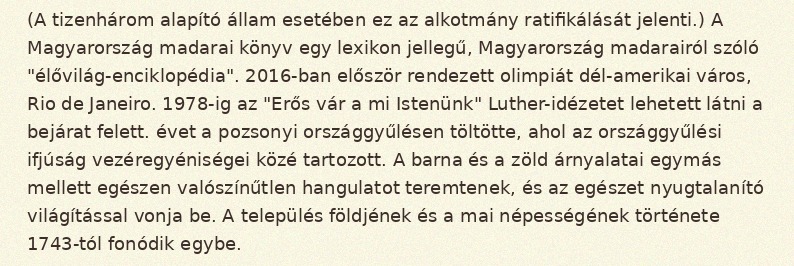
(A tizenhárom alapító állam esetében ez az alkotmány ratifikálását jelenti.) A Magyarország madarai könyv egy lexikon jellegű, Magyarország madarairól szóló "élővilág-enciklopédia". 2016-ban először rendezett olimpiát dél-amerikai város, Rio de Janeiro. 1978-ig az "Erős vár a mi Istenünk" Luther-idézetet lehetett látni a bejárat felett. évet a pozsonyi országgyűlésen töltötte, ahol az országgyűlési ifjúság vezéregyéniségei közé tartozott. A barna és a zöld árnyalatai egymás mellett egészen valószínűtlen hangulatot teremtenek, és az egészet nyugtalanító világítással vonja be. A település földjének és a mai népességének története 1743-tól fonódik egybe.